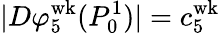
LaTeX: |D\varphi_{5}^{\mathrm{wk}}(P_{0}^{1})|=c_{5}^{\mathrm{wk}}